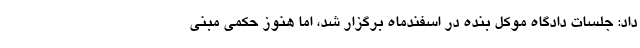
داد: جلسات دادگاه موکل بنده در اسفندماه برگزار شد، اما هنوز حکمی مبنی